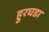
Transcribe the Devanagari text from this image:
हुरघडा